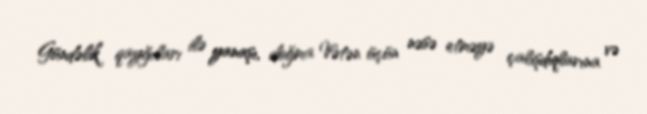
Gündəlik qayğıları ilə yanaşı, doğma Vətən üçün nəsə etməyə çalışdıqlarına və